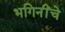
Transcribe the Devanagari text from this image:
भगिनींचे